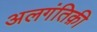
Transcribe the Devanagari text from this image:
अलगंतिक़ी